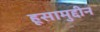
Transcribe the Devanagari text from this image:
हूसामुद्दीन